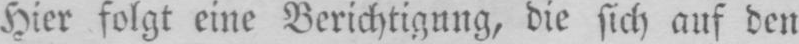
Hier folgt eine Berichtigung, die sich auf den